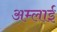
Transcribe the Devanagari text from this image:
अम्लाई